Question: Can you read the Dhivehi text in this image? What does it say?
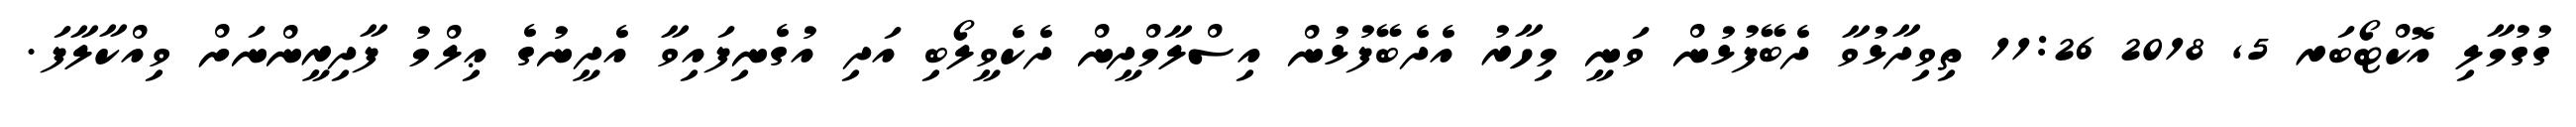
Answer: ގުގުމާލި އޮކްޓޯބަރ 5, 2018 11:26 ތިވިދާޅުވާ ދެބޭފުޅުން ވަނީ މިހާރު އެދެބޭފުޅުން އިސްލާމްދީން ދެކެވީލޯބި އަދި އުގެނިފައިވާ އެދީނުގެ ޢިލްމު ފާދިރީންނަށް ވިއްކާލާފަ.